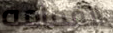
القمامه